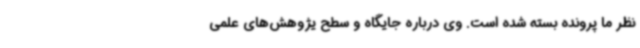
نظر ما پرونده بسته شده است. وی درباره جایگاه و سطح یژوهش‌های علمی